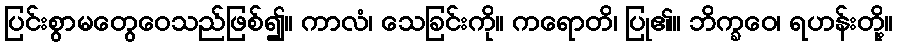
ပြင်းစွာမတွေဝေသည်ဖြစ်၍။ ကာလံ၊ သေခြင်းကို။ ကရောတိ၊ ပြု၏။ ဘိက္ခဝေ၊ ရဟန်းတို့။